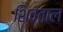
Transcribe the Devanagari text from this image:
शिवताल